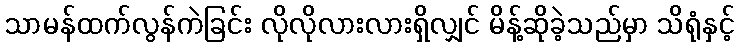
သာမန်ထက်လွန်ကဲခြင်း လိုလိုလားလားရှိလျှင် မိန့်ဆိုခဲ့သည်မှာ သိရုံနှင့်